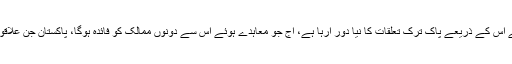
انہوں نے کہا کہ آج جو ایم او یوز دستخط ہوئے اس کے ذریعے پاک ترک تعلقات کا نیا دور آرہا ہے، آج جو معاہدے ہوئے اس سے دونوں ممالک کو فائدہ ہوگا، پاکستان جن علاقوں کوترقی دینا چاہتا ہے ان کو زیادہ فائدہ ہوگا۔